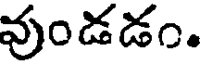
వుండడం.